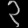
Digit: ၃